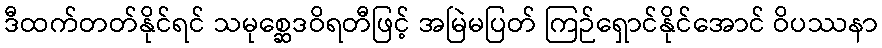
ဒီထက်တတ်နိုင်ရင် သမုစ္ဆေဒဝိရတီဖြင့် အမြဲမပြတ် ကြဉ်ရှောင်နိုင်အောင် ဝိပဿနာ